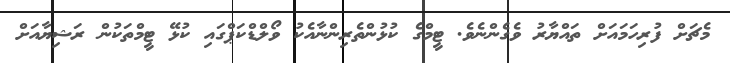
މެޗަށް ފުރިހަމައަށް ތައްޔާރު ވެގެންނެވެ. ޓީމްގެ ކުޅުންތެރިންނާއެކު ވޯލްޑްކަޕްގައި ކުޅޭ ޓީމްތަކުން ރަޝިޔާއަށް